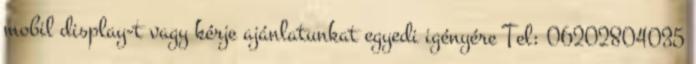
mobil display-t vagy kérje ajánlatunkat egyedi igényére Tel: 06202804035